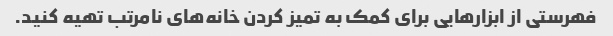
فهرستی از ابزارهایی برای کمک به تمیز کردن خانه‌های نامرتب تهیه کنید.